Bréfritari: Páll Jóhannsson
Viðtakandi: Jón Borgfirðingur
Dagsetning: A-1857-01-28
Skrifað á: Ytri-Bægisá  Eyf.

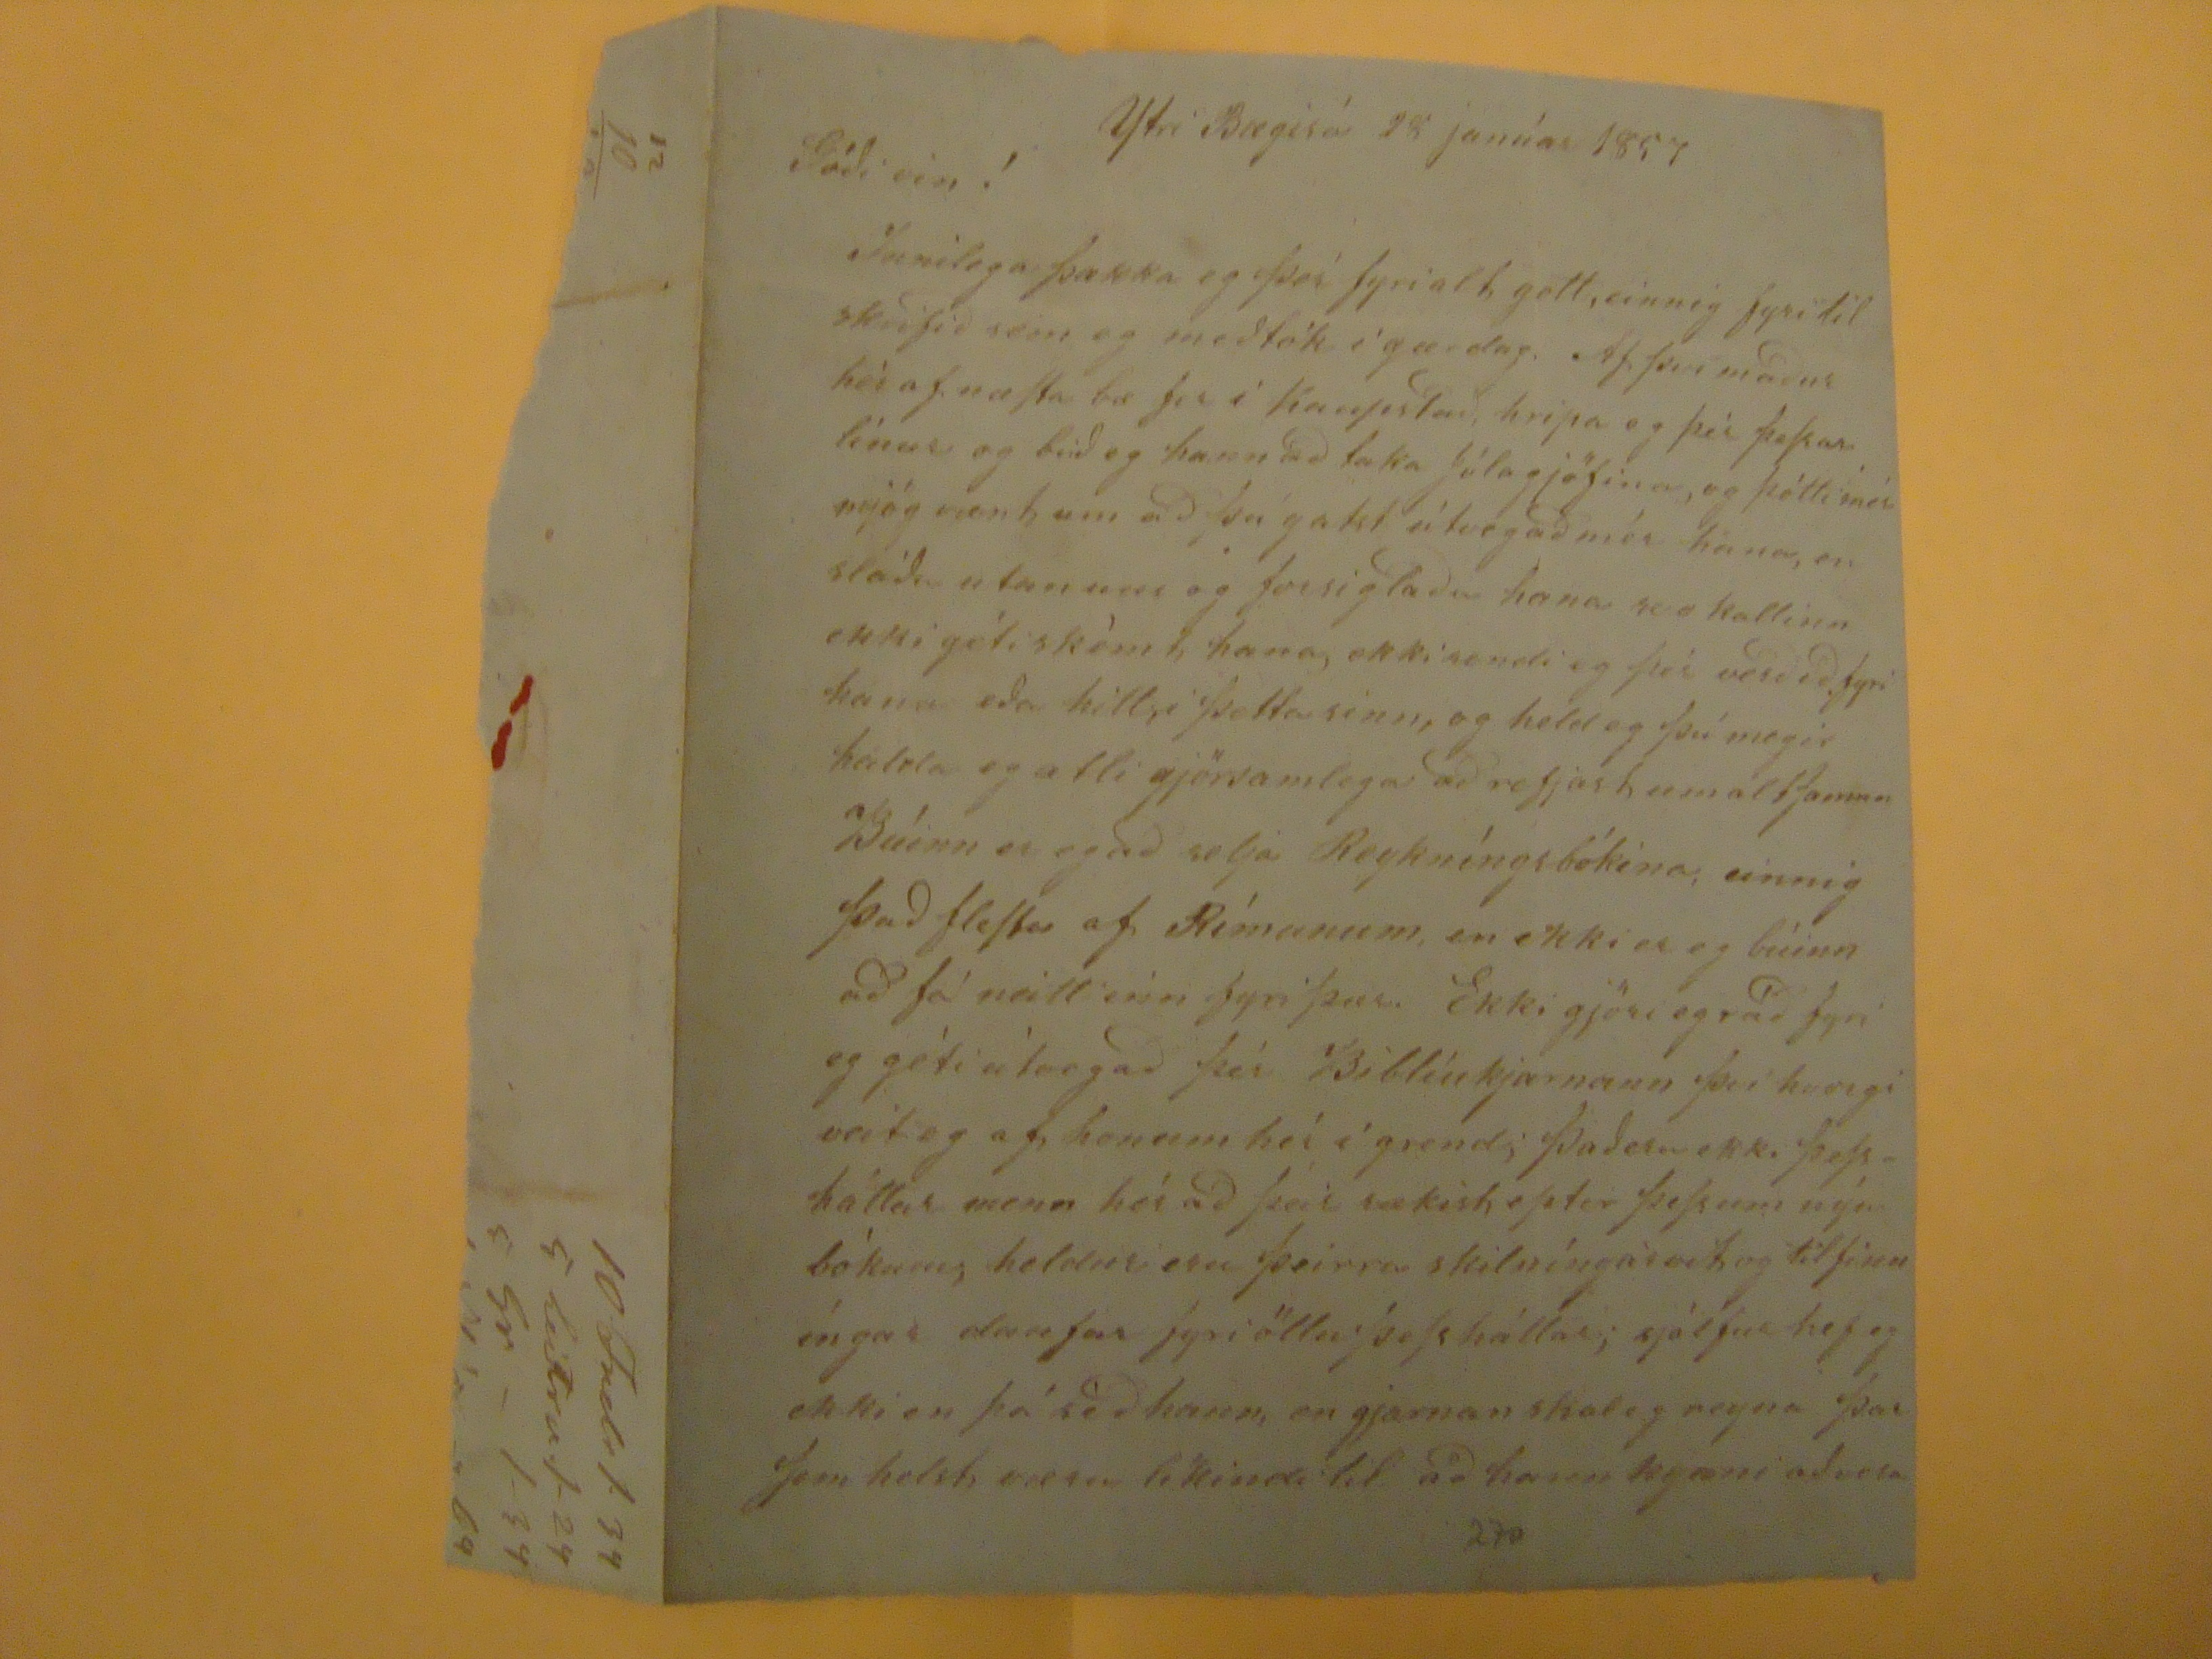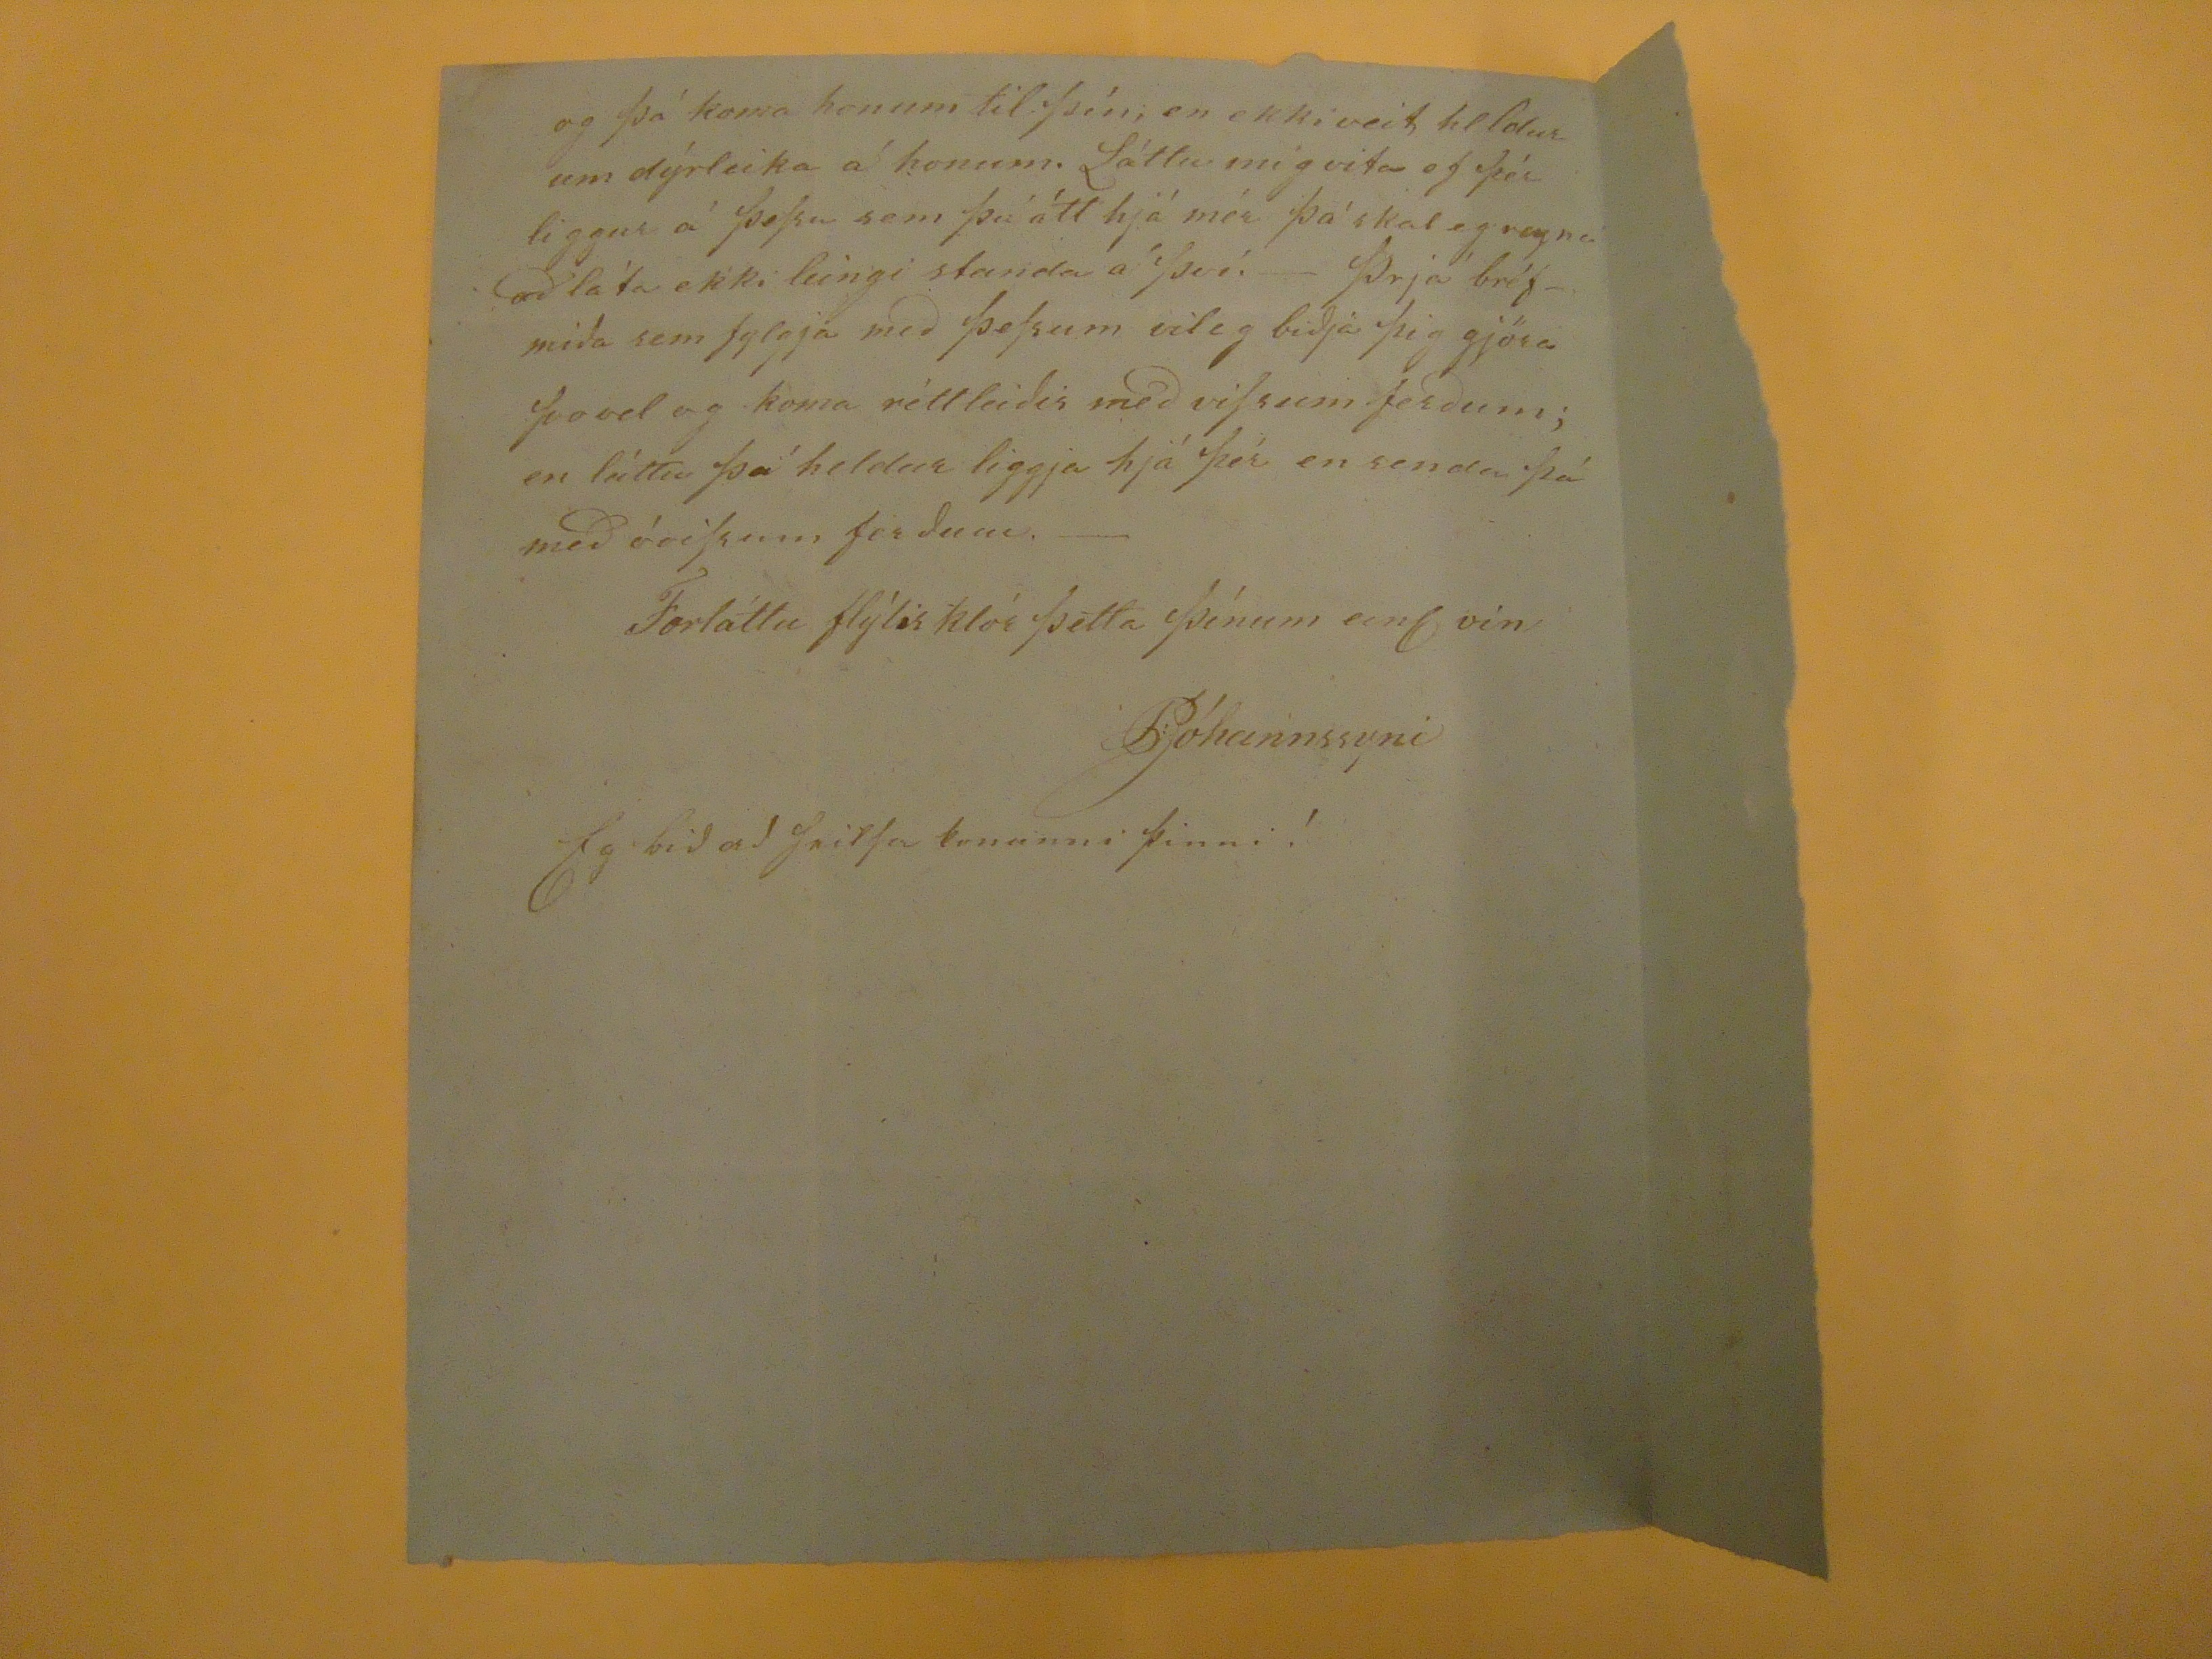

Ytri Bægisá 28 janúar 1857
Gódi vin!
Innilega þakka eg þér fyri alt gott, einnig fyri til skrifid sem eg medtók í gærdag. Af því madur hér af næSta bæ fer í Kaupstad, hripa og þér þeSsar línur og bid eg hann ad taka Jólagjöfina, og frétti mér mjög vænt um ad þú gakt útvegad mérhana, en stódu utan um og forsigladu hana svo kallinn ekki géti skèmt hana, ekki sendi og þér verdid fyri hana eda hitt þetta sinn, og held eg þú megir halda eg atli gjörsamlega ad setjast um altSaman Búinn er eg ad selja Reykníngsbókina, einnig þad fleSta af Rímanum, en ekki er eg búinn ad fá neitt inn fyri þar. Ekki gjöri eg rád fyri eg géti ùtvegad þér Bíblíukjarnann því hvergi veit eg af honum hér í grend; Þad eru ekki þeSsháttar menn hér ad þeir sækist eptir þeSsum nýu bókum, heldur eru þeirra skilníngsvit og tilfinníngar daufar fyri öllu þeSsháttar; sjálfur hef eg ekki en þá séd hann, en gjarnan skal eg reyna þar Sem helst, væru líkindi til ad hann kynni ad vera
og þá koma honum til þín; en ekki veit heldur um dýrleika á honum. Láttu mig vita ef þér liggur á þeSsu sem þú átt hjá mér þá skal eg reyna ad láta ekki leingi standa á því.- Þrjá bréfmida sem fylgja med þeSsum vil eg bidja þig gjöra Svo vel og koma réttleidis med viSsum ferdum; en láttu þá heldur liggja hjá þér en senda þá med óviSsum ferdum.-
Forláttu flýtisklór þetta þínum eins vin
PJóhannssyni
Eg bid ad heilSa konunni þinni!